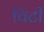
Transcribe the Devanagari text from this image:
चिंटी